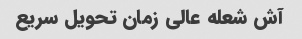
آش شعله عالی زمان تحویل سریع